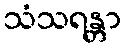
သံသရန္တာ